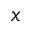
x